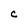
Character: C